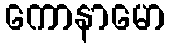
ကောနာမော